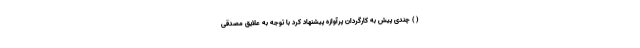
( ) چندی پیش به کارگردان پُرآوازه پیشنهاد کرد با توجه به علایق مصدقی